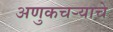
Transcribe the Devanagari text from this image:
अणुकचऱ्याचे